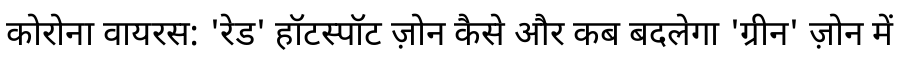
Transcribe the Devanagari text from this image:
कोरोना वायरस: 'रेड' हॉटस्पॉट ज़ोन कैसे और कब बदलेगा 'ग्रीन' ज़ोन में